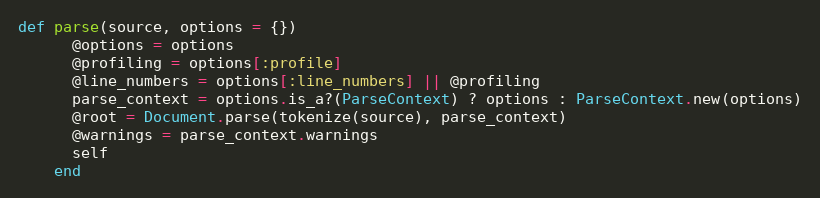
Language: Ruby
def parse(source, options = {})
      @options = options
      @profiling = options[:profile]
      @line_numbers = options[:line_numbers] || @profiling
      parse_context = options.is_a?(ParseContext) ? options : ParseContext.new(options)
      @root = Document.parse(tokenize(source), parse_context)
      @warnings = parse_context.warnings
      self
    end